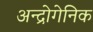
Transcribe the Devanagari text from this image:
अन्द्रोगेनिक